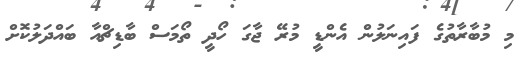
މި މުބާރާތުގެ ފައިނަލުން އެންޑީ މުރޭ ޖާގަ ހޯދީ ތޯމަސް ބާޑިޗްއާ ބައްދަލުކޮށް